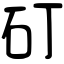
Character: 矴